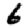
Digit: 6